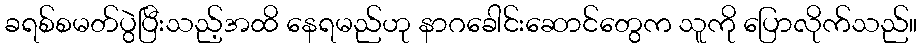
ခရစ်စမတ်ပွဲပြီးသည့်အထိ နေရမည်ဟု နာဂခေါင်းဆောင်တွေက သူကို ပြောလိုက်သည်။